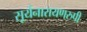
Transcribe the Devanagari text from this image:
सूर्यनारायणरुपी